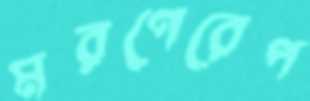
মরণেরেপ